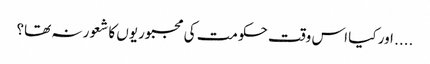
.... اور کیا اس وقت حکومت کی مجبوریوں کا شعور نہ تھا؟